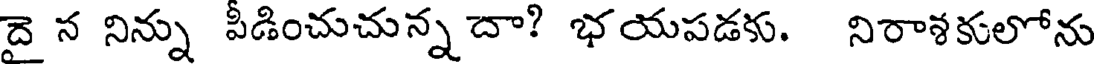
దై న నిన్ను పీడించుచున్న దా? భయపడకు. నిరాశకులోను